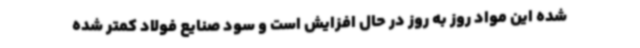
شده این مواد روز به روز در حال افزایش است و سود صنایع فولاد کمتر شده